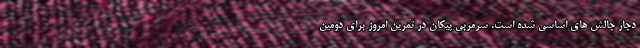
دچار چالش های اساسی شده است. سرمربی پیکان در تمرین امروز برای دومین